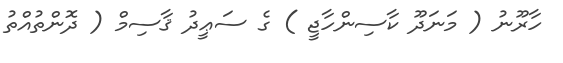
ހާރޫނު ( މަނަދޫ ކާސިންހާޖީ ) ގެ ސަޢީދު ޤާސިމް ( ދޮންތުއްތު